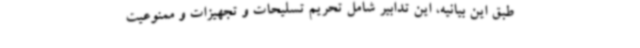
طبق این بیانیه، این تدابیر شامل تحریم تسلیحات و تجهیزات و ممنوعیت